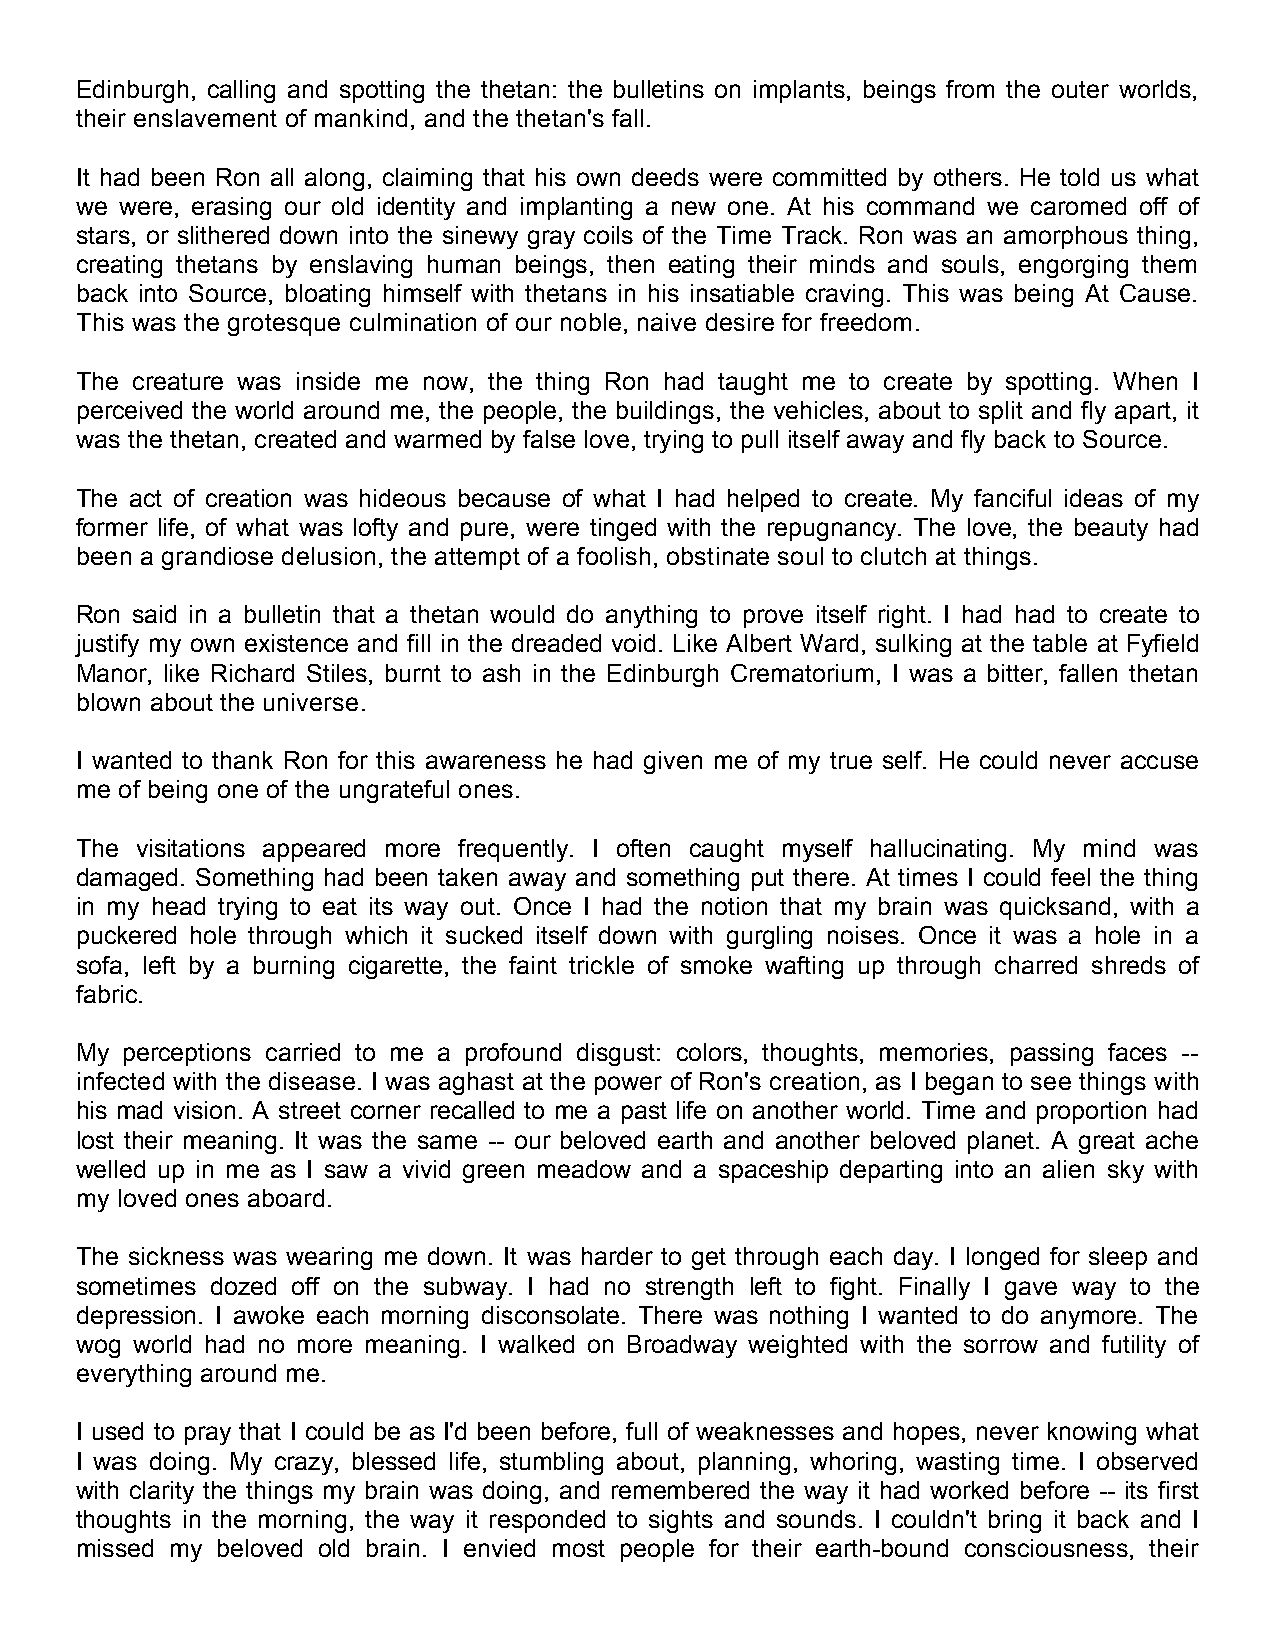
Edinburgh, calling and spotting the thetan: the bulletins on implants, beings from the outer worlds,
 their enslavement of mankind, and the thetan's fall.
 It had been Ron all along, claiming that his own deeds were committed by others. He told us what
 we were, erasing our old identity and implanting a new one. At his command we caromed off of
 stars, or slithered down into the sinewy gray coils of the Time Track. Ron was an amorphous thing,
 creating thetans by enslaving human beings, then eating their minds and souls, engorging them
 back into Source, bloating himself with thetans in his insatiable craving. This was being At Cause.
 This was the grotesque culmination of our noble, naive desire for freedom.
 The creature was inside me now, the thing Ron had taught me to create by spotting. When I
 perceived the world around me, the people, the buildings, the vehicles, about to split and fly apart, it
 was the thetan, created and warmed by false love, trying to pull itself away and fly back to Source.
 The act of creation was hideous because of what I had helped to create. My fanciful ideas of my
 former life, of what was lofty and pure, were tinged with the repugnancy. The love, the beauty had
 been a grandiose delusion, the attempt of a foolish, obstinate soul to clutch at things.
 Ron said in a bulletin that a thetan would do anything to prove itself right. I had had to create to
 justify my own existence and fill in the dreaded void. Like Albert Ward, sulking at the table at Fyfield
 Manor, like Richard Stiles, burnt to ash in the Edinburgh Crematorium, I was a bitter, fallen thetan
 blown about the universe.
 I wanted to thank Ron for this awareness he had given me of my true self. He could never accuse
 me of being one of the ungrateful ones.
 The visitations appeared more frequently. I often caught myself hallucinating. My mind was
 damaged. Something had been taken away and something put there. At times I could feel the thing
 in my head trying to eat its way out. Once I had the notion that my brain was quicksand, with a
 puckered hole through which it sucked itself down with gurgling noises. Once it was a hole in a
 sofa, left by a burning cigarette, the faint trickle of smoke wafting up through charred shreds of
 fabric.
 My perceptions carried to me a profound disgust: colors, thoughts, memories, passing faces --
 infected with the disease. I was aghast at the power of Ron's creation, as I began to see things with
 his mad vision. A street corner recalled to me a past life on another world. Time and proportion had
 lost their meaning. It was the same -- our beloved earth and another beloved planet. A great ache
 welled up in me as I saw a vivid green meadow and a spaceship departing into an alien sky with
 my loved ones aboard.
 The sickness was wearing me down. It was harder to get through each day. I longed for sleep and
 sometimes dozed off on the subway. I had no strength left to fight. Finally I gave way to the
 depression. I awoke each morning disconsolate. There was nothing I wanted to do anymore. The
 wog world had no more meaning. I walked on Broadway weighted with the sorrow and futility of
 everything around me.
 I used to pray that I could be as I'd been before, full of weaknesses and hopes, never knowing what
 I was doing. My crazy, blessed life, stumbling about, planning, whoring, wasting time. I observed
 with clarity the things my brain was doing, and remembered the way it had worked before -- its first
 thoughts in the morning, the way it responded to sights and sounds. I couldn't bring it back and I
 missed my beloved old brain. I envied most people for their earth-bound consciousness, their